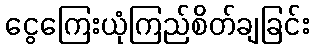
ငွေကြေးယုံကြည်စိတ်ချခြင်း